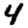
Digit: 4